Civil Veterinary Department. Madras. Admin. report 1926-33 - 1926-1933
Year: 1926
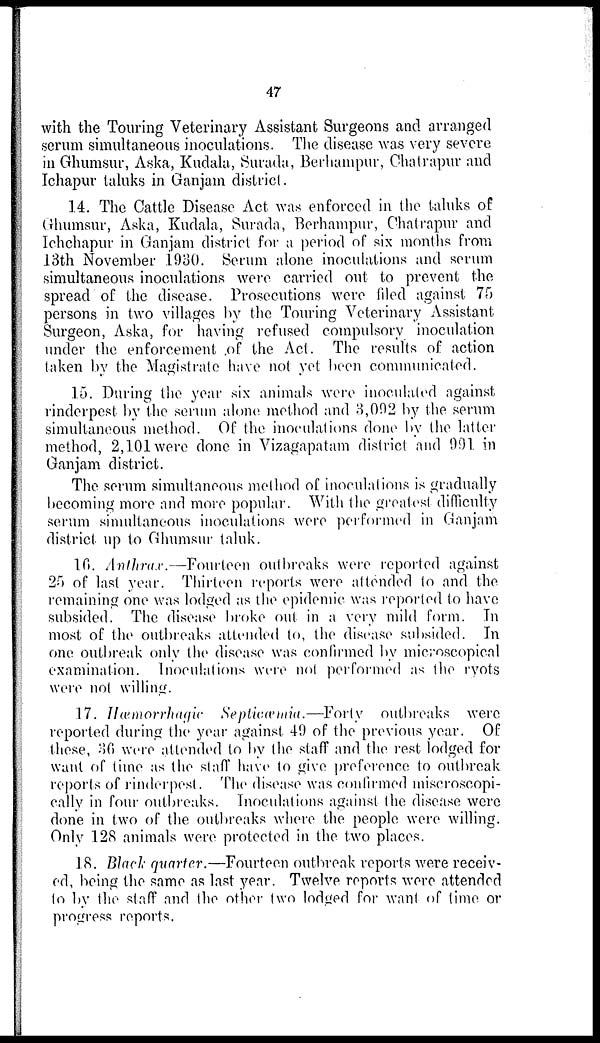
47
with the Touring Veterinary Assistant Surgeons and arranged
serum simultaneous inoculations. The disease was very severe
in Ghumsur, Aska, Kudala, Surada, Berhampur, Chatrapur and
Ichapur taluks in Ganjam district.
14. The Cattle Disease Act was enforced in the taluks of
Ghumsur, Aska, Kudala, Surada, Berhampur, Chatrapur and
Ichchapur in Ganjam district for a period of six months from
13th November 1930. Serum alone inoculations and serum
simultaneous inoculations were carried out to prevent the
spread of the disease. Prosecutions were filed against 75
persons in two villages by the Touring Veterinary Assistant
Surgeon, Aska, for having refused compulsory inoculation
under the enforcement of the Act. The results of action
taken by the Magistrate have not yet been communicated.
15. During the year six animals were inoculated against
rinderpest by the serum alone method and 3,092 by the serum
simultaneous method. Of the inoculations done by the latter
method, 2,101 were done in Vizagapatam district and 991 in
Ganjam district.
The serum simultaneous method of inoculations is gradually
becoming more and more popular. With the greatest difficulty
serum simultaneous inoculations were performed in Ganjam
district up to Ghumsur taluk.
16. Anthrax.—Fourteen outbreaks were reported against
25 of last year. Thirteen reports were attended to and the
remaining one was lodged as the epidemic was reported to have
subsided. The disease broke out in a very mild form. In
most of the outbreaks attended to, the disease subsided. In
one outbreak only the disease was confirmed by microscopical
examination. Inoculations were not performed as the ryots
were not willing.
17. Hæmorrhagic Septicæmia.—Forty
outbreaks were
reported during the year against 49 of the previous year. Of
these, 36 were attended to by the staff and the rest lodged for
want of time as the staff have to give preference to outbreak
reports of rinderpest. The disease was confirmed microscopi-
cally in four outbreaks. Inoculations against the disease were
done in two of the outbreaks where the people were willing.
Only 128 animals were protected in the two places.
18. Black quarter.—Fourteen outbreak reports were receiv-
ed, being the same as last year. Twelve reports were attended
to by the staff and the other two lodged for want of time or
progress reports.